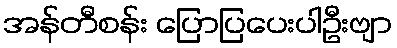
အန်တီစန်း ပြောပြပေးပါဦးဗျာ